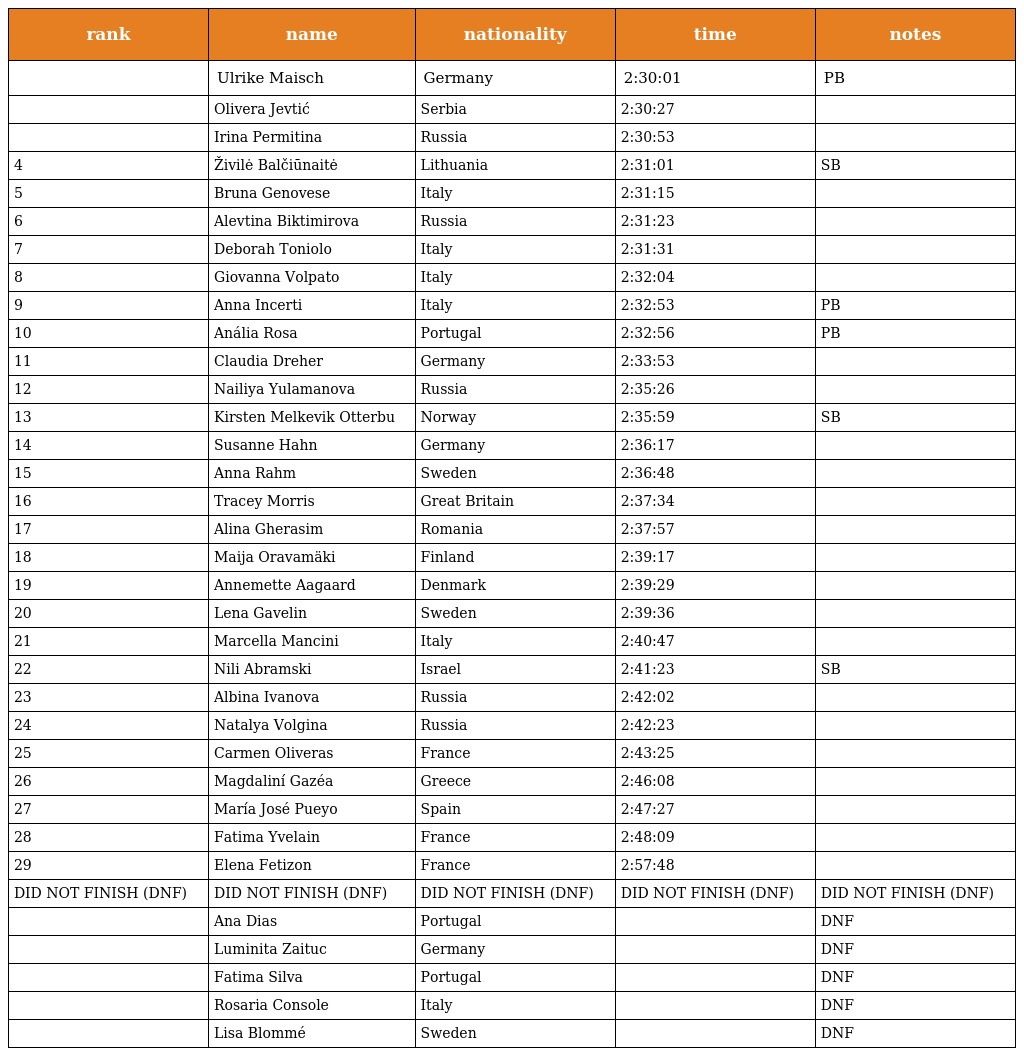
| rank | name | nationality | time | notes |
 | --- | --- | --- | --- | --- |
 |  | Ulrike Maisch | Germany | 2:30:01 | PB |
 |  | Olivera Jevtić | Serbia | 2:30:27 |  |
 |  | Irina Permitina | Russia | 2:30:53 |  |
 | 4 | Živilė Balčiūnaitė | Lithuania | 2:31:01 | SB |
 | 5 | Bruna Genovese | Italy | 2:31:15 |  |
 | 6 | Alevtina Biktimirova | Russia | 2:31:23 |  |
 | 7 | Deborah Toniolo | Italy | 2:31:31 |  |
 | 8 | Giovanna Volpato | Italy | 2:32:04 |  |
 | 9 | Anna Incerti | Italy | 2:32:53 | PB |
 | 10 | Anália Rosa | Portugal | 2:32:56 | PB |
 | 11 | Claudia Dreher | Germany | 2:33:53 |  |
 | 12 | Nailiya Yulamanova | Russia | 2:35:26 |  |
 | 13 | Kirsten Melkevik Otterbu | Norway | 2:35:59 | SB |
 | 14 | Susanne Hahn | Germany | 2:36:17 |  |
 | 15 | Anna Rahm | Sweden | 2:36:48 |  |
 | 16 | Tracey Morris | Great Britain | 2:37:34 |  |
 | 17 | Alina Gherasim | Romania | 2:37:57 |  |
 | 18 | Maija Oravamäki | Finland | 2:39:17 |  |
 | 19 | Annemette Aagaard | Denmark | 2:39:29 |  |
 | 20 | Lena Gavelin | Sweden | 2:39:36 |  |
 | 21 | Marcella Mancini | Italy | 2:40:47 |  |
 | 22 | Nili Abramski | Israel | 2:41:23 | SB |
 | 23 | Albina Ivanova | Russia | 2:42:02 |  |
 | 24 | Natalya Volgina | Russia | 2:42:23 |  |
 | 25 | Carmen Oliveras | France | 2:43:25 |  |
 | 26 | Magdaliní Gazéa | Greece | 2:46:08 |  |
 | 27 | María José Pueyo | Spain | 2:47:27 |  |
 | 28 | Fatima Yvelain | France | 2:48:09 |  |
 | 29 | Elena Fetizon | France | 2:57:48 |  |
 | DID NOT FINISH (DNF) | DID NOT FINISH (DNF) | DID NOT FINISH (DNF) | DID NOT FINISH (DNF) | DID NOT FINISH (DNF) |
 |  | Ana Dias | Portugal |  | DNF |
 |  | Luminita Zaituc | Germany |  | DNF |
 |  | Fatima Silva | Portugal |  | DNF |
 |  | Rosaria Console | Italy |  | DNF |
 |  | Lisa Blommé | Sweden |  | DNF |